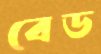
বেড